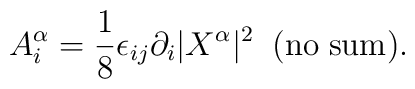
A^{\alpha}_i=\frac{1}{8}\epsilon_{ij}\partial_i|X^{\alpha}|^2\;\;{\rm (no\;sum)}.